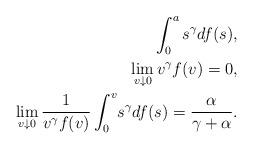
LaTeX: \begin{align*} \int_{0}^{a} s^\gamma df(s) ,\\\lim_{v \downarrow 0} v^\gamma f(v) = 0,\\\lim_{v \downarrow 0} \frac{1}{v^\gamma f(v)} \displaystyle\int_{0}^{v}\! s^\gamma df(s) = \frac{\alpha}{\gamma + \alpha}.\end{align*}